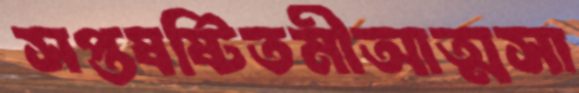
সপ্তষষ্টিতমীআত্মসা